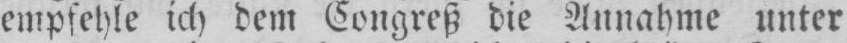
empfehle ich dem Congreß die Annahme unter